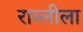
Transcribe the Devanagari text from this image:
राम्लीला